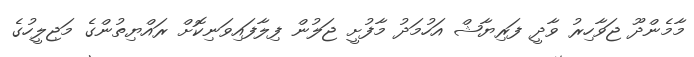
މާމެންދޫ ޖަވާހިރު ވާދީ ފަރިޔާޝް އަހުމަދު މާފުށީ ޖަލުން ފިލާފައިވަނިކޮށް ރައްޔިތުންގެ މަޖިލީހުގެ